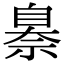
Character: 𦤗